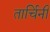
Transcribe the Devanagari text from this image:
तार्चिनी